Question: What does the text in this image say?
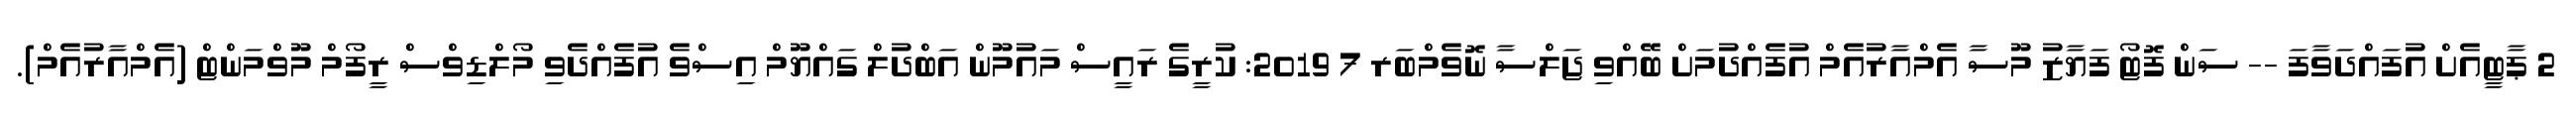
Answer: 2 ޕާޓީއެށް އުފައްދަވާފަ -- ސަން ފޮޓޯ ފަޔާޒު މޫސާ އެމްއާރުއެމް އުފެއްދުމަށް ބޭއްވި ޖަލްސާ ނޮވެމްބަރ 7 2019: ކުރީގެ ރައީސް މައުމޫން އަބްދުލް ގައްޔޫމް އިސްވެ އުފެއްދެވި މޯލްޑިވްސް ރީފޯމް މޫވްމަންޓް (އެމްއާރުއެމް).